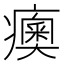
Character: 𤺾